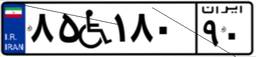
۳۳W۲۱۹۵۵